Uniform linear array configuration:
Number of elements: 24
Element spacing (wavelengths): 0.5
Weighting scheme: binomial
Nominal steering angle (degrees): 15
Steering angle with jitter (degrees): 13.351
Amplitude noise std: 0.05
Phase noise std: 0.05

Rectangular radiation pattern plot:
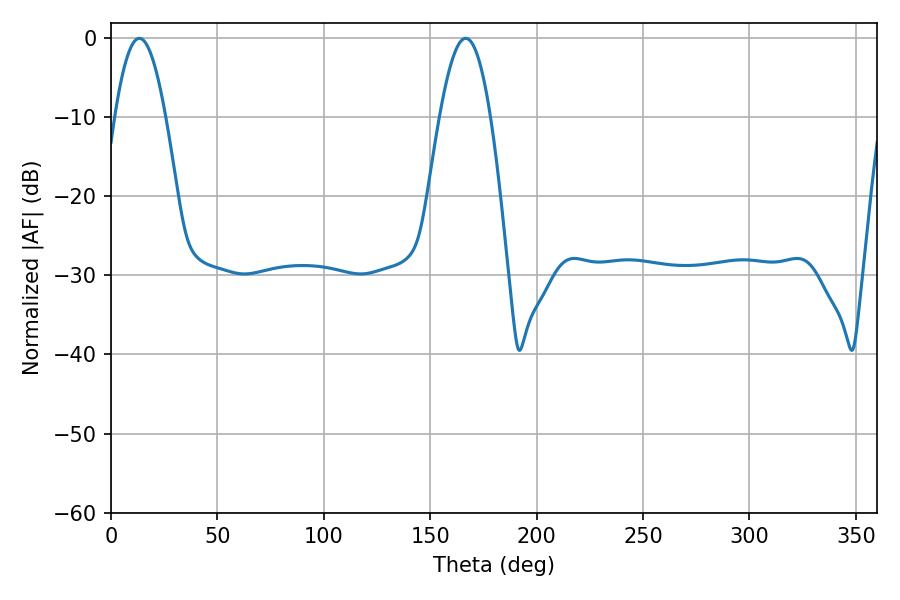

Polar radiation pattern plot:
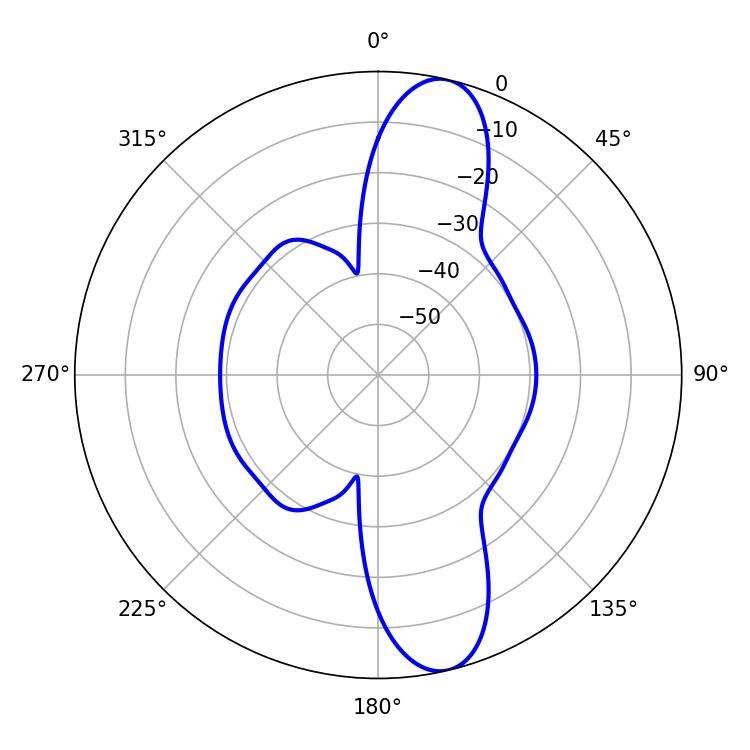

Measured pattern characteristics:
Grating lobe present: FALSE
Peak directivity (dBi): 12.441
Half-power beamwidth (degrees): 12.96
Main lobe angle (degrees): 13.32